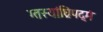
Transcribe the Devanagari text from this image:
ग्तस्यांघ्रिपद्मं